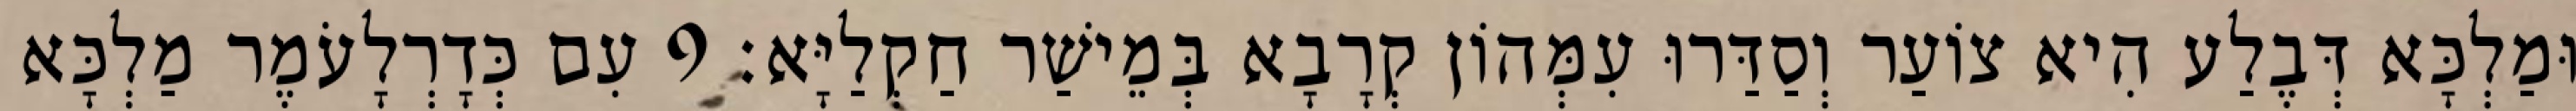
וּמַלְכָּא דְּבֶלַע הִיא צוֹעַר וְסַדַּרוּ עִמְּהוֹן קְרָבָא בְּמֵישַׁר חַקְלַיָּא׃ 9 עִם כְּדָרְלָעֹמֶר מַלְכָּא